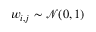
w _ { i , j } \sim \mathcal { N } ( 0 , 1 )